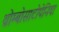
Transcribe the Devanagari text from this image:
थ्रोम्बोसाटोपेनिया